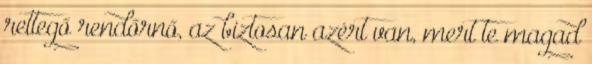
rettegő rendőrnő, az biztosan azért van, mert te magad